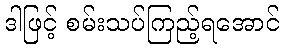
ဒါဖြင့် စမ်းသပ်ကြည့်ရအောင်